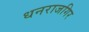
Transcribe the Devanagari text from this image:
धनराजगिर